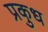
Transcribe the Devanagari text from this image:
प्रकुध